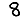
Digit: 8